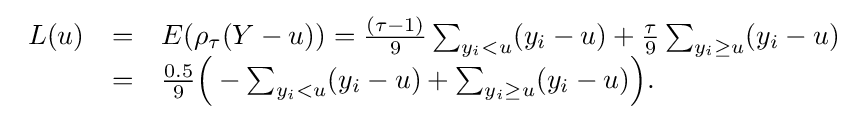
{\begin{array}{lll}L(u)&=&E(\rho _{\tau }(Y-u))={\frac {(\tau -1)}{9}}\sum _{y_{i}<u}(y_{i}-u)+{\frac {\tau }{9}}\sum _{y_{i}\geq u}(y_{i}-u)\\&=&{\frac {0.5}{9}}{\Bigl (}-\sum _{y_{i}<u}(y_{i}-u)+\sum _{y_{i}\geq u}(y_{i}-u){\Bigr )}.\end{array}}